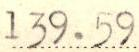
139.59